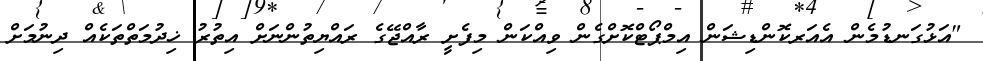
"އަޅުގަނޑުމެން އެއަރކޮންޑިޝަން އިމްޕޯޓްކޮށްގެން ވިއްކަން މިފެށީ ރާއްޖޭގެ ރައްޔިތުންނަށް އިތުރު ޚިދުމަތްތަކެއް ދިނުމަށް